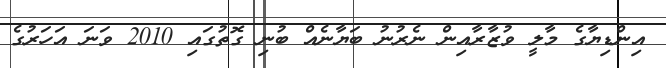
އިންޑިޔާގެ މާލީ ވުޒާރާއިން ނެރުނު ބަޔާނެއް ބުނި ގޮތުގައި 2010 ވަނަ އަހަރުގެ